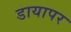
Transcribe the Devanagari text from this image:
डायापर